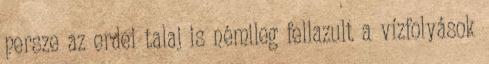
persze az erdei talaj is némileg fellazult a vízfolyások